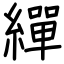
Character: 繟